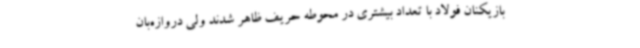
بازیکنان فولاد با تعداد بیشتری در محوطه حریف ظاهر شدند ولی دروازه‌بان